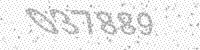
Solution: 037889